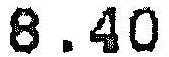
8.40